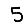
Digit: 5